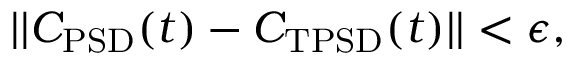
| | C _ { \mathrm { P S D } } ( t ) - C _ { \mathrm { T P S D } } ( t ) | | < \epsilon ,